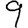
Digit: 9